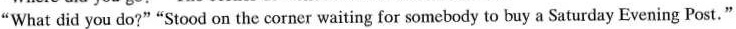
"What did you do?" "Stood on the corner waiting for somebody to buy a Saturday Evening Post."